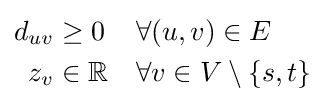
{\begin{aligned}d_{uv}&\geq 0&&\forall (u,v)\in E\\z_{v}&\in \mathbb {R} &&\forall v\in V\setminus \{s,t\}\end{aligned}}